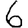
Digit: 6